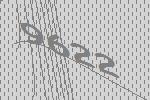
9622